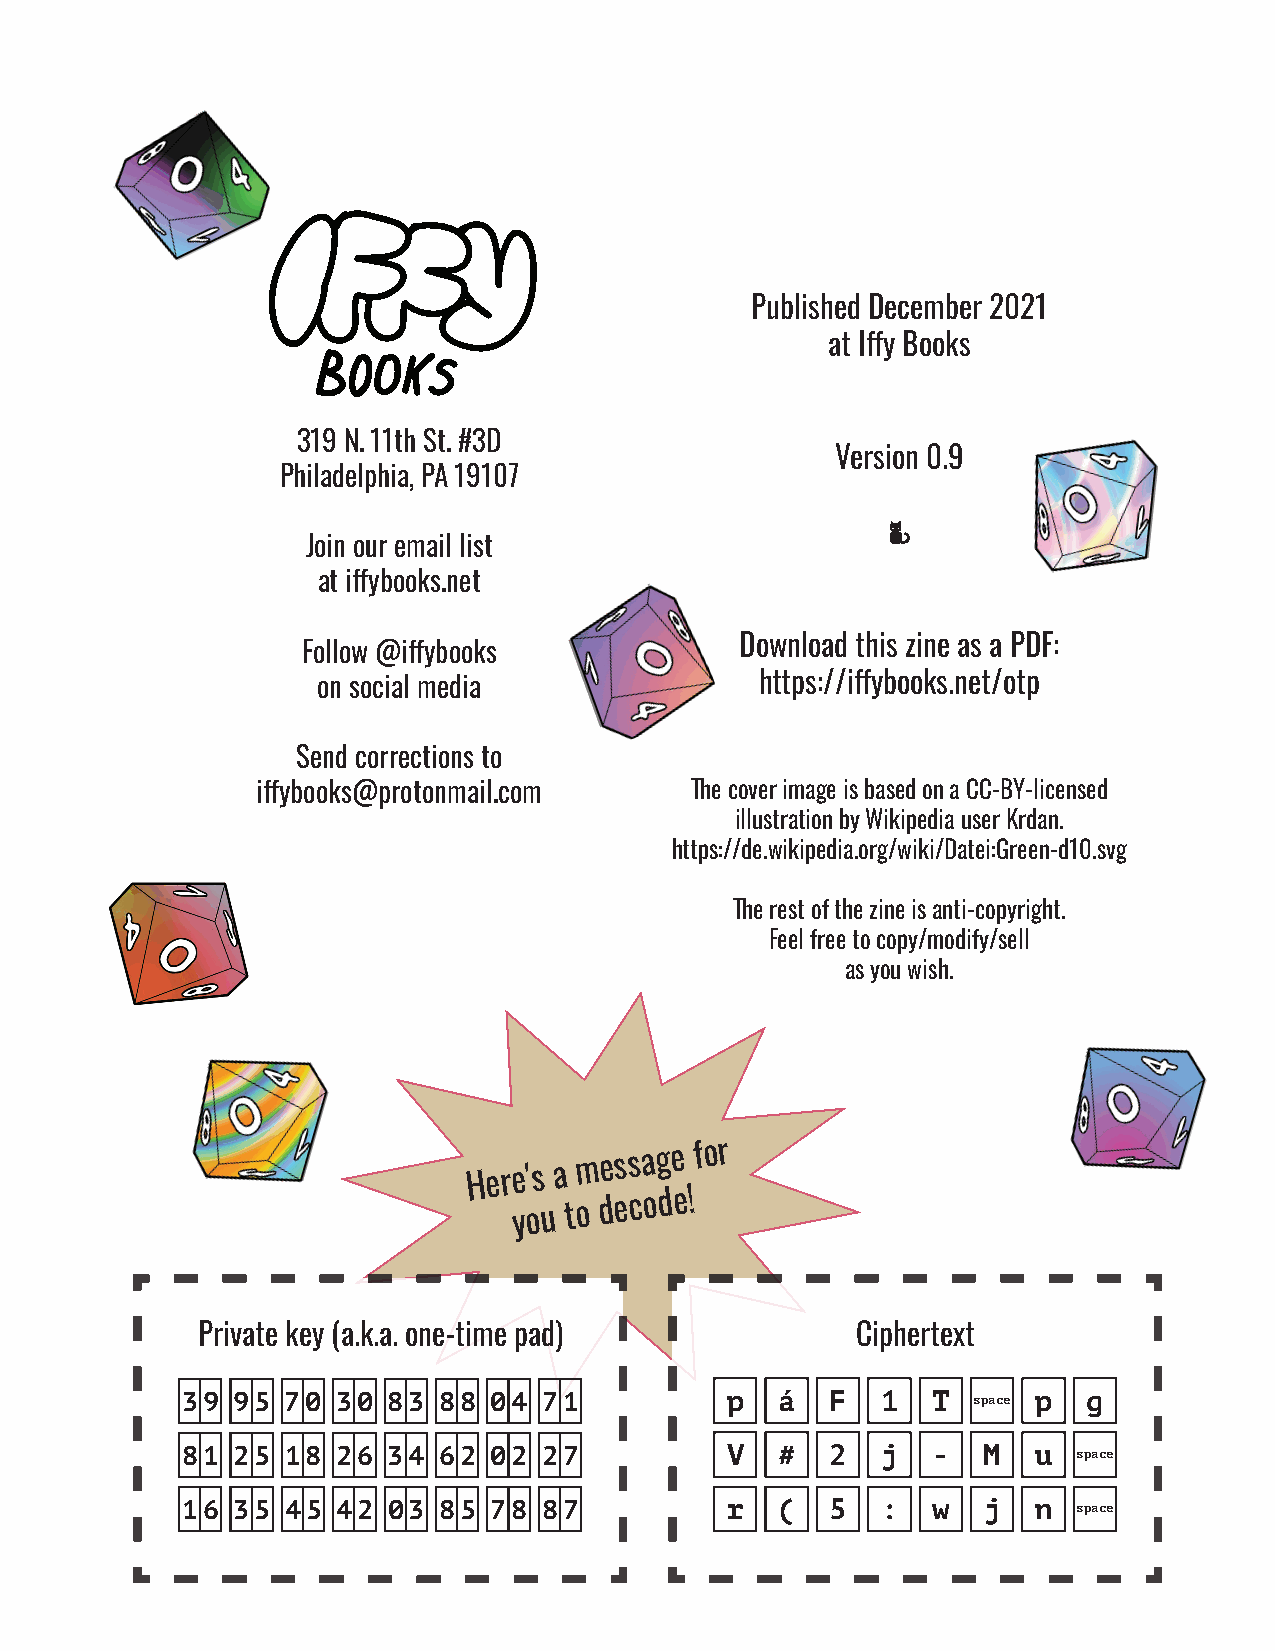
Published December 2021
 at Iffy Books
 319 N. 11th St. #3D
 Version 0.9
 Philadelphia, PA 19107
 e
 Join our email list
 at iffybooks.net
 Download this zine as a PDF:
 Follow @iffybooks
 on social media              https://iffybooks.net/otp
 Send corrections to
 iffybooks@protonmail.com     The cover image is based on a CC-BY-licensed
 illustration by Wikipedia user Krdan.
 https://de.wikipedia.org/wiki/Datei:Green-d10.svg
 The rest of the zine is anti-copyright.
 Feel free to copy/modify/sell
 as you wish.
 Here's a
 message for
 you to
 decode!
 Private key (a.k.a. one-time pad)           Ciphertext
 39 95  70 30  83 88 04  71          p   á  F  1   T space p g
 81 25  18 26  34 62 02  27          V   #  2  j   -  M   u space
 16 35  45 42  03 85 78  87          r   (  5  :   w  j   n space